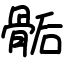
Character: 骺